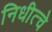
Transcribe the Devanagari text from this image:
निधीत्चे